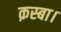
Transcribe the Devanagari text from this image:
क़स्बा।